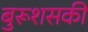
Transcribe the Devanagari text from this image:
बुरूशसकी